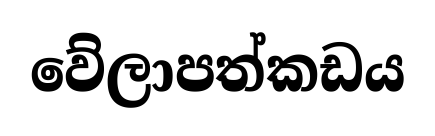
වේලාපත්කඩය